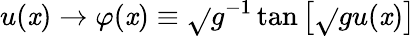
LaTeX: u(\mathit{x})\rightarrow\varphi(\mathit{x})\equiv\sqrt{}{{g}}^{-1}\tan\left[\sqrt{}{{g}}u(\mathit{x})\right]